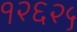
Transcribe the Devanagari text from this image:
१२६२५